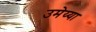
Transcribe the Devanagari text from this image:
उमेय्या